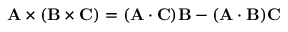
\mathbf { A } \times ( \mathbf { B } \times \mathbf { C } ) = ( \mathbf { A } \cdot \mathbf { C } ) \mathbf { B } - ( \mathbf { A } \cdot \mathbf { B } ) \mathbf { C }